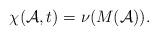
LaTeX: \begin{align*}\chi(\mathcal{A},t)=\nu(M(\mathcal{A})).\end{align*}